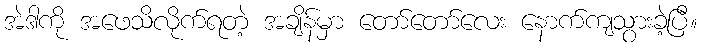
အဲဒါကို အဖေသိလိုက်ရတဲ့ အချိန်မှာ တော်တော်လေး နောက်ကျသွားခဲ့ပြီ။